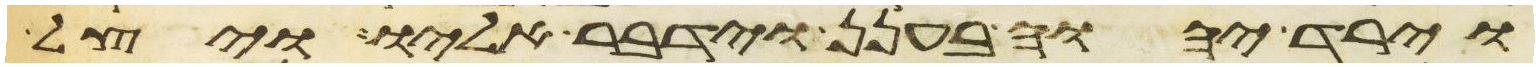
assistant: וירד יהוה בענן וידבר אליו ויצל